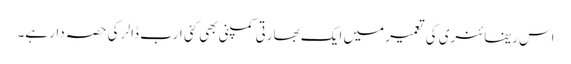
اس ریفائنری کی تعمیر میں ایک بھارتی کمپنی بھی کئی ارب ڈالر کی حصہ دار ہے۔